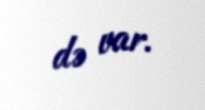
də var.